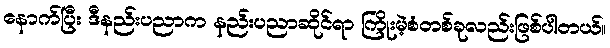
နောက်ပြီး ဒီနည်းပညာက နည်းပညာဆိုင်ရာ ကြိုးမဲ့စံတစ်ခုလည်းဖြစ်ပါတယ်။